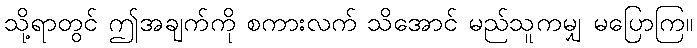
သို့ရာတွင် ဤအချက်ကို စကားလက် သိအောင် မည်သူကမျှ မပြောကြ။